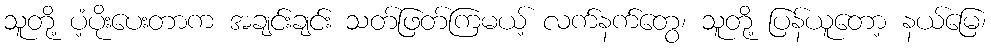
သူတို့ ပံ့ပိုးပေးတာက အချင်းချင်း သတ်ဖြတ်ကြမယ့် လက်နက်တွေ၊ သူတို့ ပြန်ယူတော့ နယ်မြေ၊